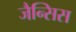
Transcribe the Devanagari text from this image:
जैन्सिस